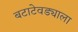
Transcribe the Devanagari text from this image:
बटाटेवड्याला